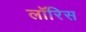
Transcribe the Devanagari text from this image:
लॉरिस